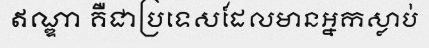
ឥណ្ឌា គឺជាប្រទេសដែលមានអ្នកស្លាប់